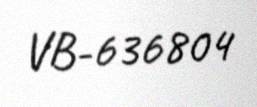
VB-636804